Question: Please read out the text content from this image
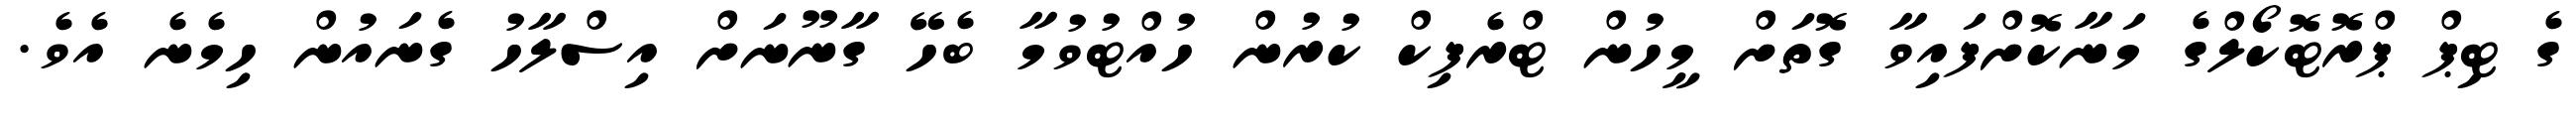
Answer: ގެ ޓިޕް ޕްރޮޓޮކޯލްގެ މަނާކޮށްފައިވާ ގޮތަށް މީހުން ޓްރެފިކް ކުރުން ހުއްޓުވުމާ ބެހޭ ގާނޫނަށް އިސްލާހު ގެނައުން ހިމެނެ އެވެ.